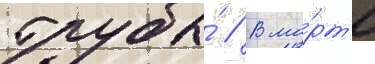
трубы́ // В ма́рт'е